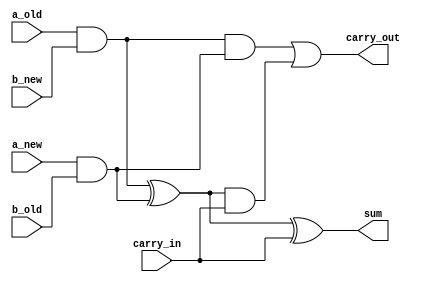
`timescale 1ns / 1ps

module Full_Adder_four_in(input a_old, a_new, b_old, b_new, carry_in, output reg sum, carry_out);
    always @(a_old or a_new or b_old or b_new or carry_in)
    begin
        sum = (a_old & b_new) ^ (a_new & b_old) ^ carry_in;
        carry_out = (a_old & b_new) & (a_new & b_old) | ((a_old & b_new)^(a_new & b_old)) & carry_in;
    end
endmodule

module Full_Adder_three_in(input a_this, b_row, last_sum, carry_in, output reg sum, carry_out);
    always @(a_this or b_row or last_sum or carry_in)
    begin
        sum = (a_this & b_row) ^ last_sum ^ carry_in;
        carry_out = (a_this & b_row) & last_sum | ((a_this & b_row)^last_sum) & carry_in;
    end
endmodule

module Full_Adder_two_in(input a, b, carry_in, output reg sum, carry_out);
    always @(a or b or carry_in)
    begin
        sum = a ^ b ^ carry_in;
        carry_out = a & b | (a^b) & carry_in;
    end
endmodule

module two_in_and_gate(input a, b, output reg z);
    always @(a or b)
    begin
        z = a & b;
    end
endmodule

module ArrayMultiplier_generic(product, a, b);
    parameter m = 4;
    parameter n = 4;
    output wire [m+n-1:0] product;
    input[m-1:0] a;
    input[n-1:0] b;

    wire c_partial[(m-1)*(n):0];
    wire s_partial[(m-1)*(n):0];

    //generate first product bit
    two_in_and_gate two_and(.a(a[0]), .b(b[0]), .z(product[0]));

    //generate first row of the multiplier
    genvar i;
    generate
        for(i=0; i<m-1; i=i+1)
        begin
                Full_Adder_four_in FA_first(.a_old(a[i]), .a_new(a[i+1]), .b_old(b[0]), .b_new(b[1]), .carry_in(1'b0), .sum(s_partial[i]), .carry_out(c_partial[i]));
        end
    endgenerate

    //generate middle rows of the multiplier except last column
    genvar j, k;
    generate
        for(k=0; k<n-2; k=k+1) //row
        begin
            for(j=0; j<m-2; j=j+1)  //column
            begin
                Full_Adder_three_in FA_middle(.a_this(a[j]), .b_row(b[k+2]), .last_sum(s_partial[((m-1)*k)+(j+1)]), .carry_in(c_partial[((m-1)*k)+j]),
                 .sum(s_partial[((m-1)*(k+1))+j]), .carry_out(c_partial[((m-1)*(k+1))+j]));
            end
        end
    endgenerate

    //generate middle lines of the multiplier - last column of each row
    genvar z;
    generate
        for(z=0; z<n-2; z=z+1)
        begin
            Full_Adder_four_in FA_middle_last_column(.a_old(a[m-2]), .a_new(a[m-1]), .b_old(b[z+1]), .b_new(b[z+2]), .carry_in(c_partial[(m-1)*(z)+(m-2)]),
             .sum(s_partial[((m-1)*(z+1))+(m-2)]), .carry_out(c_partial[((m-1)*(z+1))+(m-2)]));
        end
    endgenerate

    //generate last line of the multiplier
    genvar l;
    generate
        for(l=0; l<n-1; l=l+1)
        begin
            if(l==0) //first column
            begin
                Full_Adder_two_in Last_row_first_column(.a(s_partial[((m-1)*(n-2))+1]), .b(c_partial[((m-1)*(n-2))+l]), .carry_in(1'b0),
                 .sum(s_partial[((m-1)*(n-1))+l]), .carry_out(c_partial[((m-1)*(n-1))+l]));
            end else if (l < m-2)
            begin
                Full_Adder_two_in Last_row_middle_columns(.a(s_partial[((m-1)*(n-2))+l+1]), .b(c_partial[((m-1)*(n-2))+l]), .carry_in(c_partial[((m-1)*(n-1))+l-1]),
                 .sum(s_partial[((m-1)*(n-1))+l]), .carry_out(c_partial[((m-1)*(n-1))+l]));
            end else begin
                Full_Adder_three_in Last_row_last_column(.a_this(a[m-1]), .b_row(b[n-1]), .last_sum(c_partial[((m-1)*(n-2))+l]), .carry_in(c_partial[((m-1)*(n-1))+l-1]),
                 .sum(s_partial[((m-1)*(n-1))+l]), .carry_out(c_partial[((m-1)*(n-1))+l]));
            end
        end
    endgenerate

    //end product bits from first and middle cells
    generate
        for(i=0; i<n-1; i=i+1)
        begin
            buf (product[i+1], s_partial[(m-1)*i]);
        end
    endgenerate

    //end product bits for last line of cells
    generate
        for(i=0; i<n-1; i=i+1)
        begin
            buf (product[i+n], s_partial[((m-1)*(n-1))+i]);
        end
    endgenerate

    //msb of product
    buf (product[m+n-1], c_partial[((m-1)*(n))-1]);
endmodule